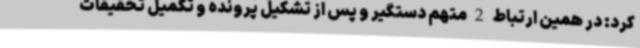
کرد: در همین ارتباط 2 متهم دستگیر و پس از تشکیل پرونده و تکمیل تحقیقات